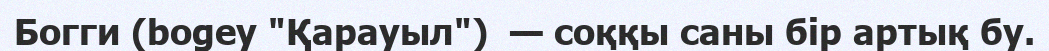
Богги (bogey "Қарауыл")  — соққы саны бір артық бу.